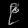
Digit: ၉